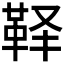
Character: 𱁳